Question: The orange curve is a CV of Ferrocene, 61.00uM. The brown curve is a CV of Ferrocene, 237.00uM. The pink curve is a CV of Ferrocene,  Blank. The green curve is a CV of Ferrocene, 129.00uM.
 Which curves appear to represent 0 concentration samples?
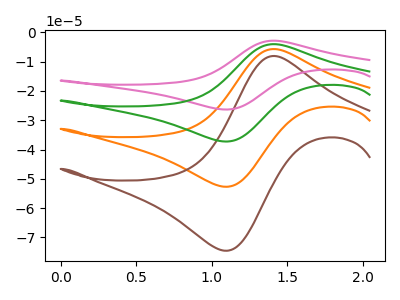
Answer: <think>The orange curve "Ferrocene, 61.00uM" has an anodic peak at (1.40V, -5.70uA) and a cathodic peak at (1.10V, -52.65uA). The brown curve "Ferrocene, 237.00uM" has an anodic peak at (1.40V, -8.10uA) and a cathodic peak at (1.10V, -74.45uA). The pink curve "Ferrocene,  Blank" has an anodic peak at (1.40V, -17.15uA) and a cathodic peak at (1.10V, -158.00uA). The green curve "Ferrocene, 129.00uM" has an anodic peak at (1.40V, -11.45uA) and a cathodic peak at (1.10V, -105.30uA).</think>
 <answer>There are not any CV's on this graph that are likely to be blanks.</answer>
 <eval>none</eval>